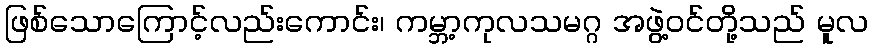
ဖြစ်သောကြောင့်လည်းကောင်း၊ ကမ္ဘာ့ကုလသမဂ္ဂ အဖွဲ့ဝင်တို့သည် မူလ